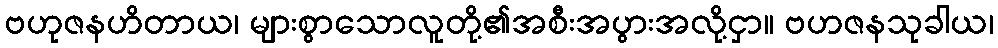
ဗဟုဇနဟိတာယ၊ များစွာသောလူတို့၏အစီးအပွားအလို့ငှာ။ ဗဟဇနသုခါယ၊